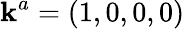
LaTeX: \mathbf{k}^{a}=(1,0,0,0)